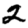
Digit: 2